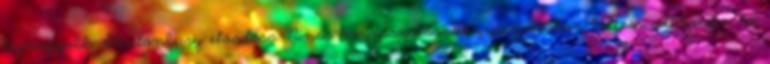
legnagyobb Glastonbury előadása. Nincs hozzászólás. Hozzászoláshoz belépés szükséges, ha